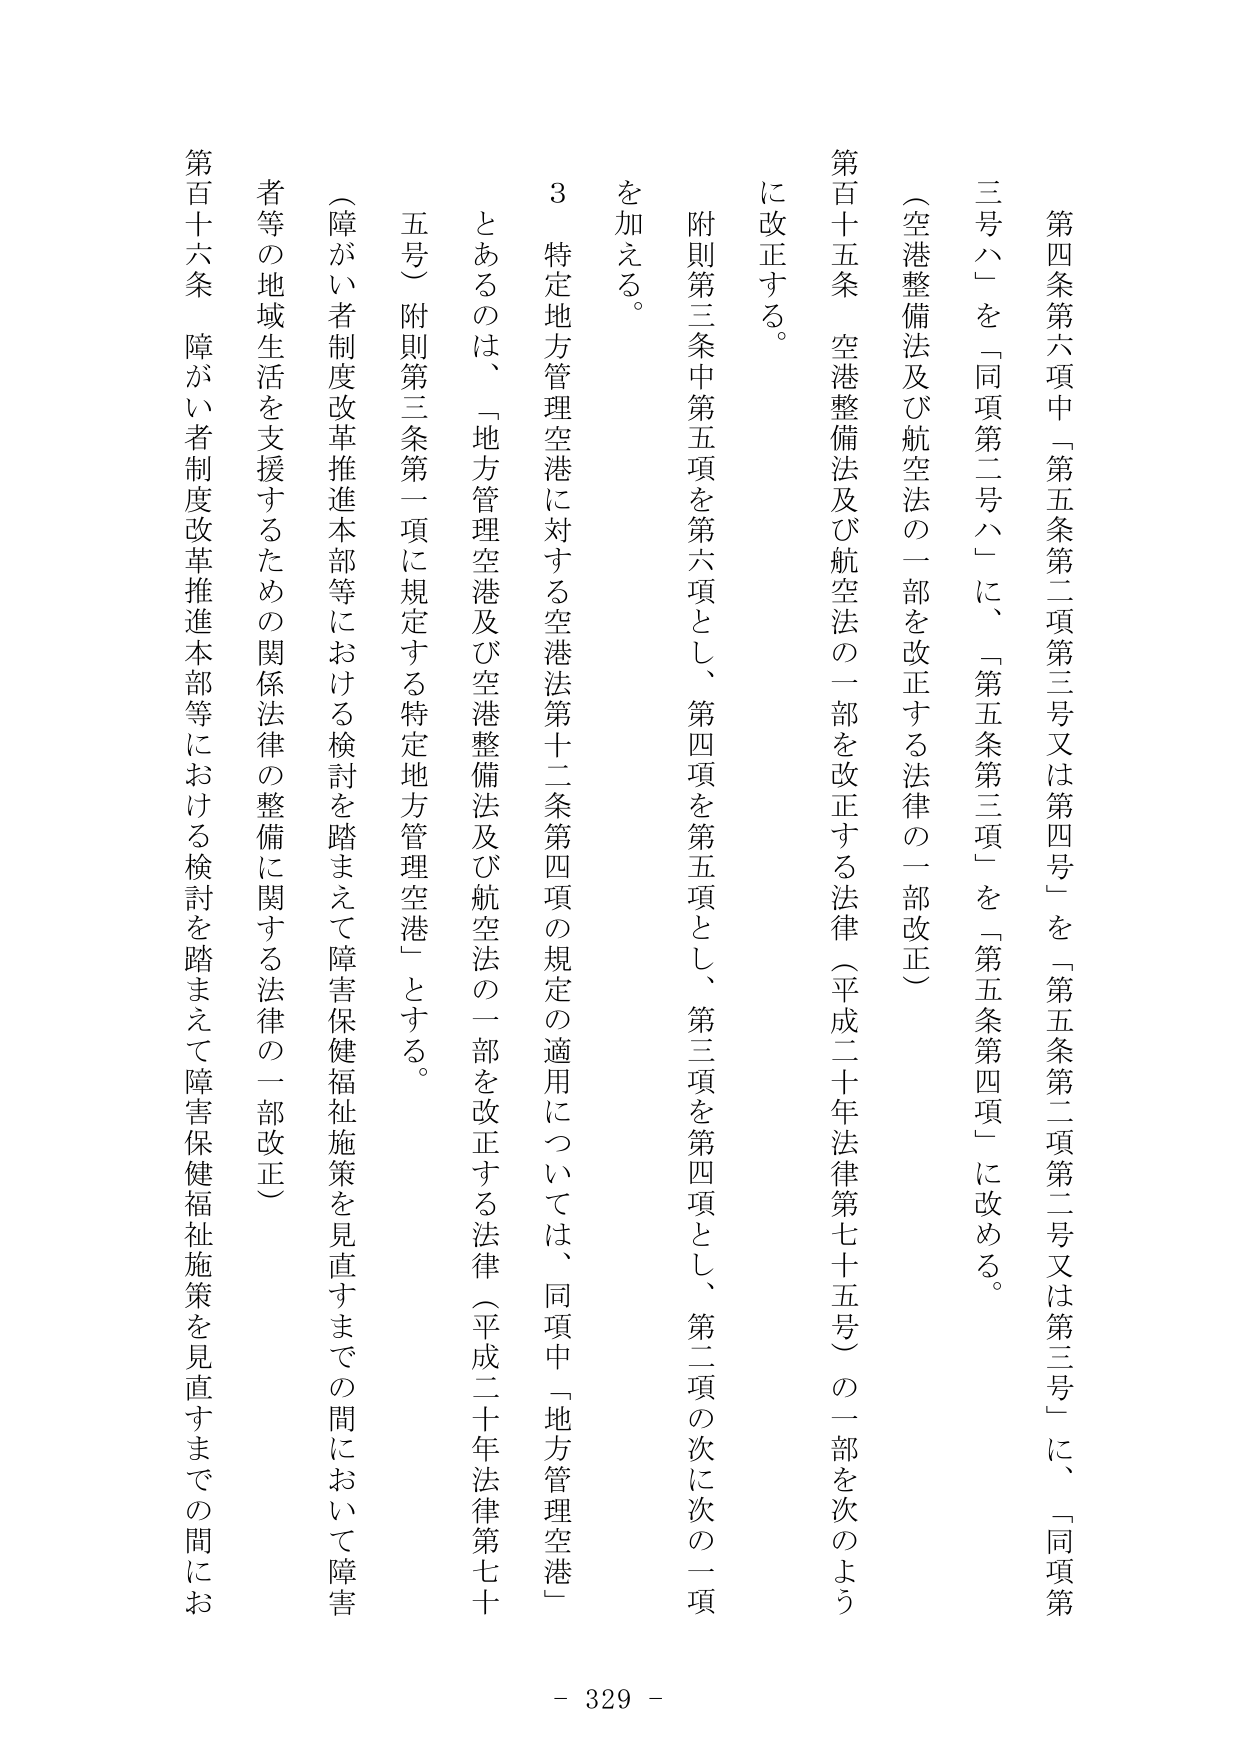
第四条第六項中「第五条第二項第三号又は第四号」を「第五条第二項第二号又は第三号」に、「同項第三号ハ」を「同項第二号ハ」に、「第五条第三項」を「第五条第四項」に改める。

（空港整備法及び航空法の一部を改正する法律の一部改正）

第百十五条 空港整備法及び航空法の一部を改正する法律（平成二十年法律第七十五号）の一部を次のよう
に改正する。

附則第三条中第五項を第六項とし、第四項を第五項とし、第三項を第四項とし、第二項の次に次の一项
を加える。

３ 特定地方管理空港に対する空港法第十二条第四項の規定の適用については、同項中「地方管理空港」
とあるのは、「地方管理空港及び空港整備法及び航空法の一部を改正する法律（平成二十年法律第七十
五号）附則第三条第一項に規定する特定地方管理空港」とする。

（障がい者制度改革推進本部等における検討を踏まえて障害保健福祉施策を見直すまでの間において障害
者等の地域生活を支援するための関係法律の整備に関する法律の一部改正）

第百十六条 障がい者制度改革推進本部等における検討を踏まえて障害保健福祉施策を見直すまでの間にお

- 329 -